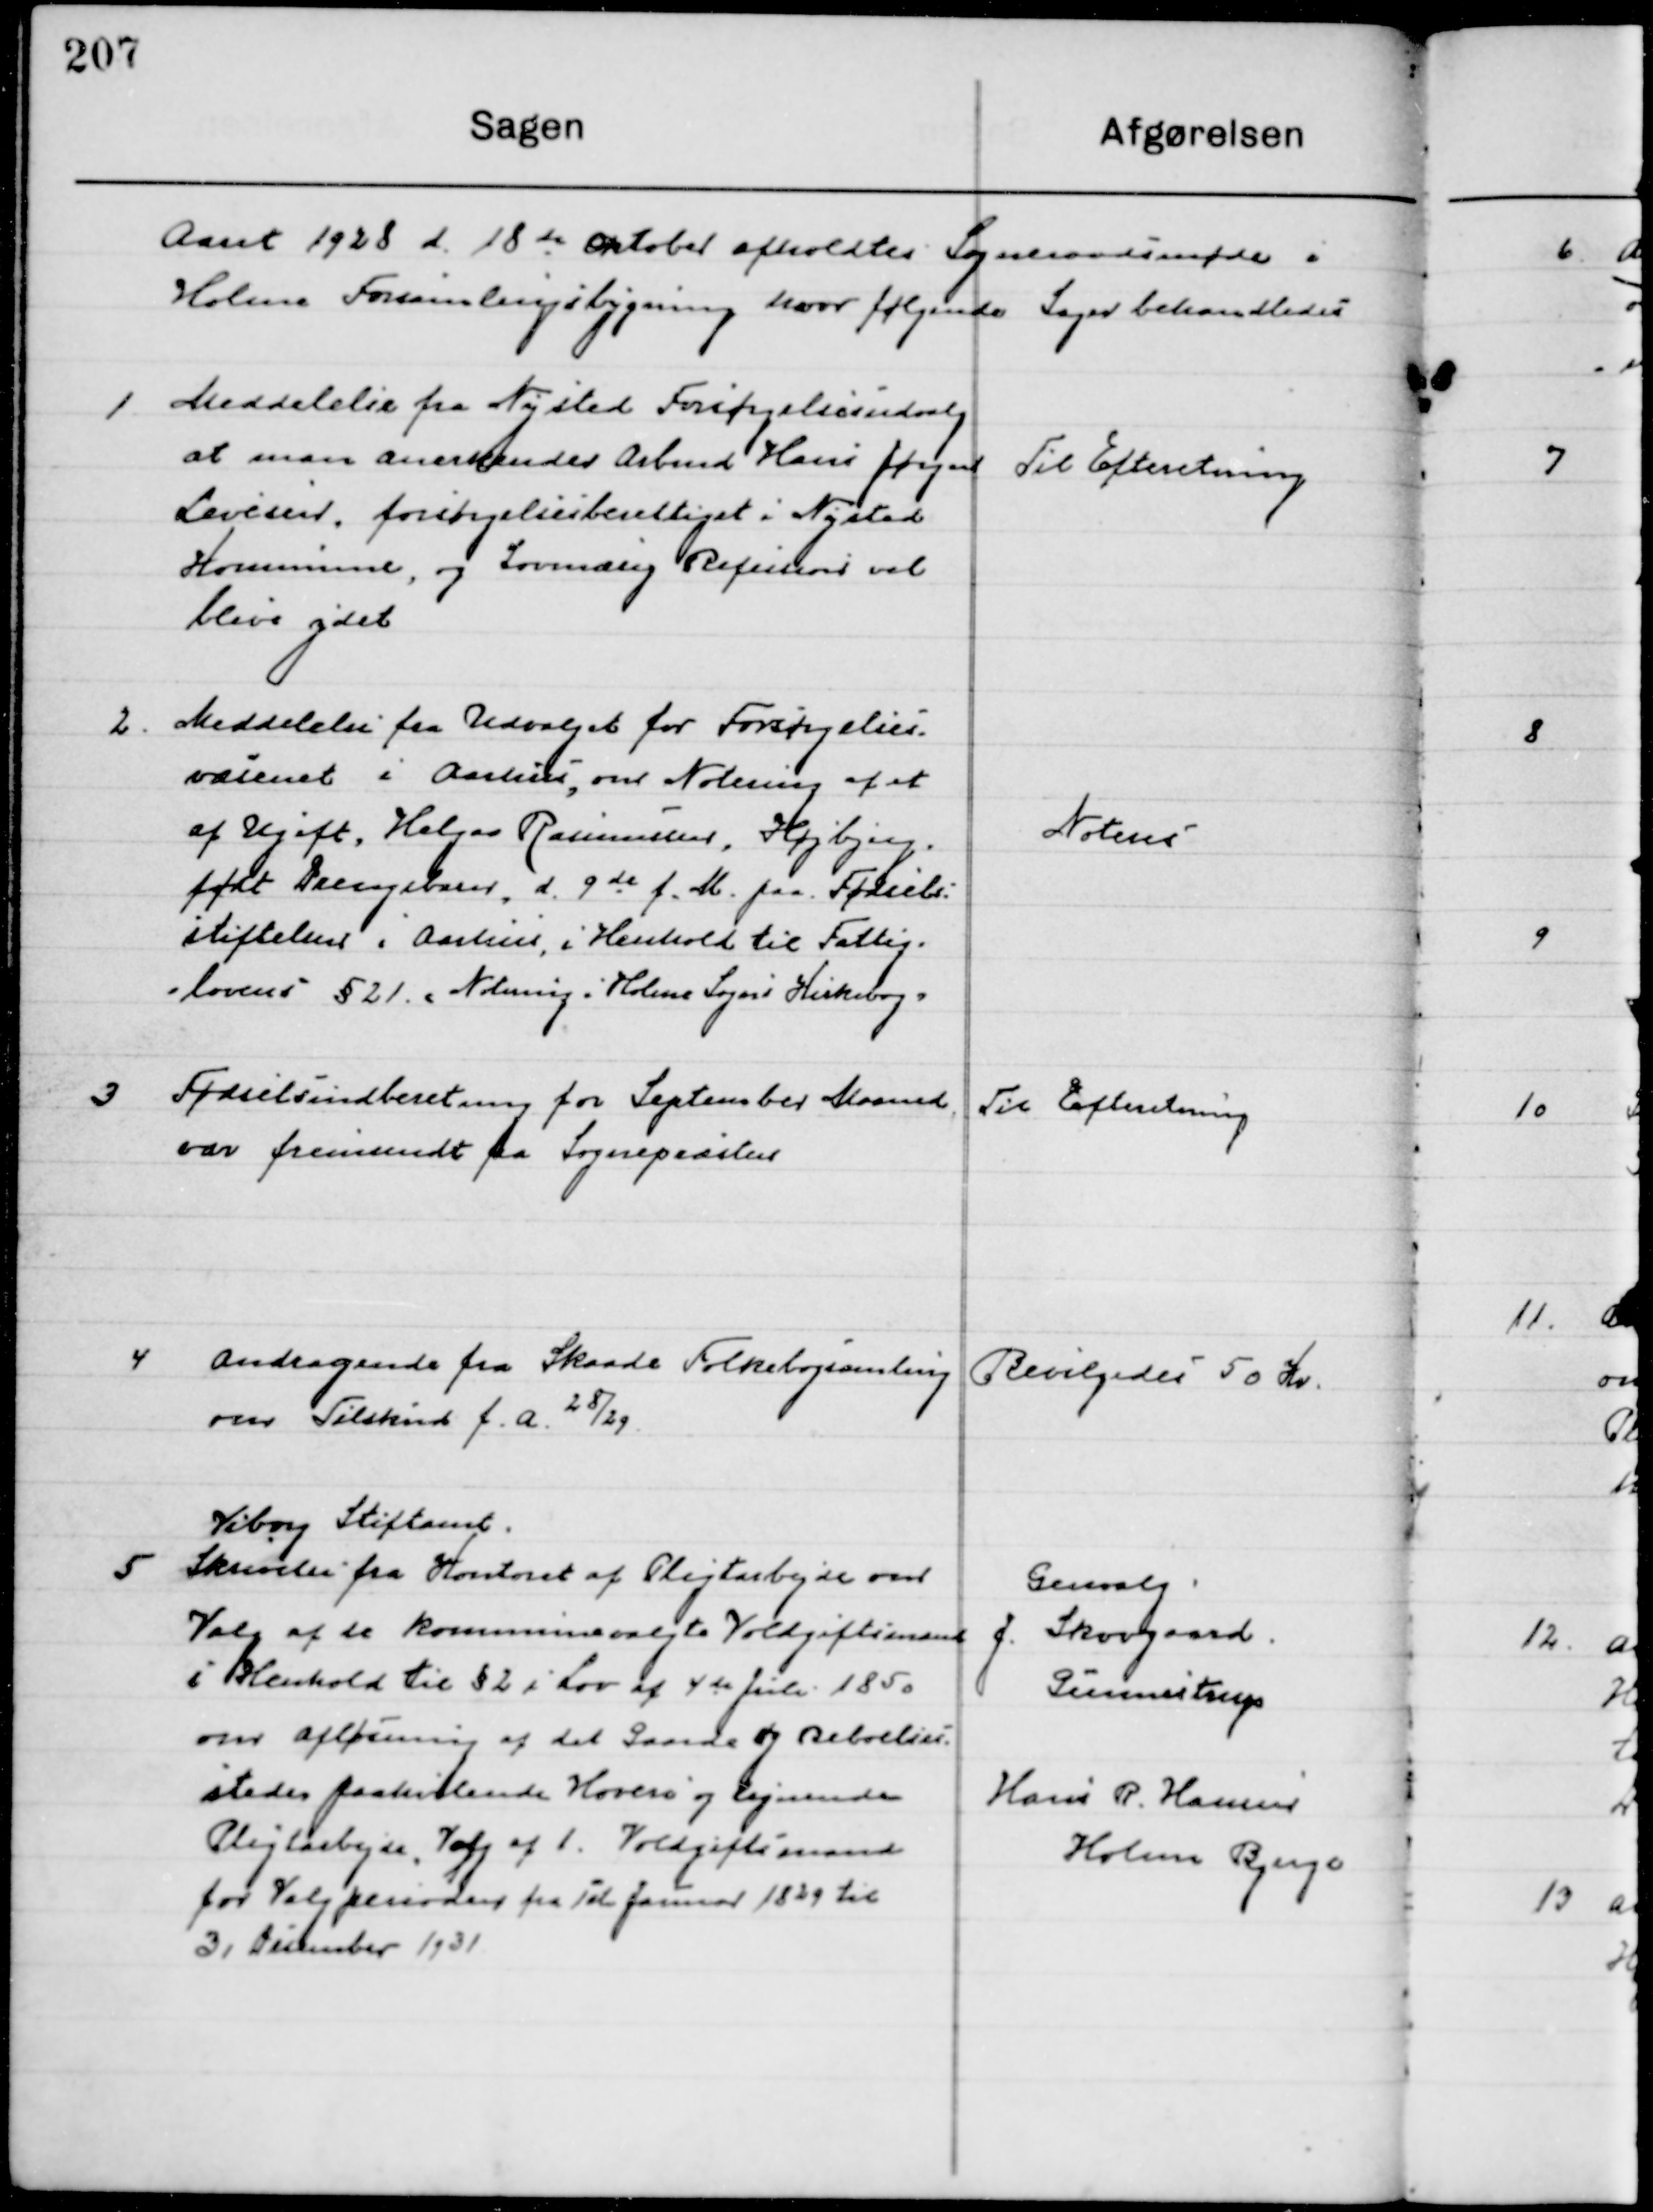
Transskription:
Aaret 1928 d. 18de Oktober afholdt Sogneraadsmøde i 
Holme Forsamlingsbygning hvor følgende Sager behandledes.

1

Meddelelse fra Nysted forsørgelsesudvalg
at man anerkender Arbmd. Hans Jørgen
Severinsen, forsørgelsesberettiget i Nyste
Kommune, og Lovmæssig Refusion vil 
blive ydet.

Til Efterretning

2

Meddelelse fra Udvalget fra Forsørgelses-
væsenet i Aarhus, om Notering af et 
af Ugift, Holger Rasmussen Højbjerg.
født Drengebarn, d. 9de f. M. paa Fødsels-
stiften i Aarhus, i Henhold til Fattig-
lovens § 21 Notering i Holme Sogns Kirkebog.

Noteres

3

Fødselsindberetning for September Maaned
var fremsendt fra Sognepræsten.

Til Efterretning

4

Andragende fra Skaade Folkebogsamling
om Tilskud f. A. 28/29.

Bevilgedes 50 Kr.

5

Viborg Stiftamt
Skrivelse fra Kontoret af Pligtarbejde over
Valg af de kommune valgte Voldgiftsmand
i Henhold til § 2 i Lov af 4de Juli 1850
om afløsning af det Gaarde og Beboelses-
steder paahvilende hoveri og lignende
Pligtarbejde, valg af 1. Voldgiftsmand
for Valgperioden fra 1ste Januar 1829 til 
31 December 1931.

Genvalg.
J. Skovgaard,
Gunnestrup
Hans R. Hansen
Holme Bjerge